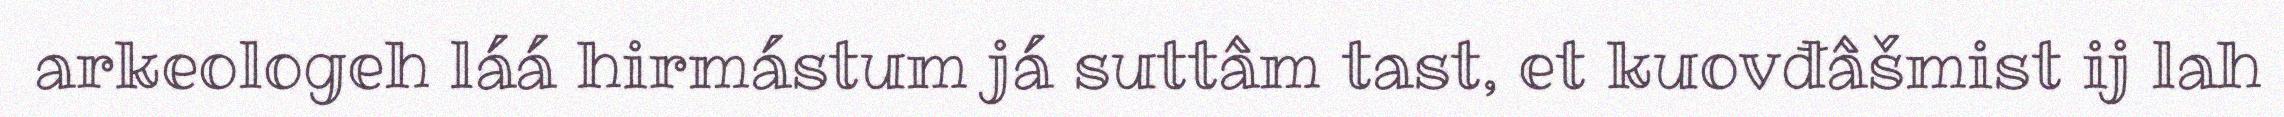
arkeologeh láá hirmástum já suttâm tast, et kuovđâšmist ij lah